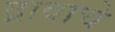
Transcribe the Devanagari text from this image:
द्रावाचे